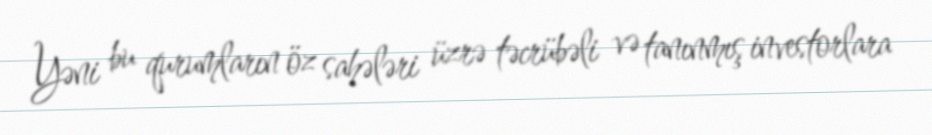
Yəni bu qurumların öz sahələri üzrə təcrübəli və tanınmış investorlara